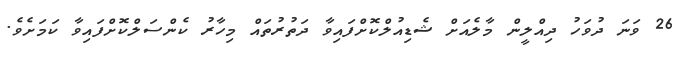
26 ވަނަ ދުވަހު ދިއްލީން މާލެއަށް ޝެޑިއުލްކޮށްފައިވާ ދަތުރުތައް މިހާރު ކެންސަލްކޮށްފައިވާ ކަމަށެވެ.